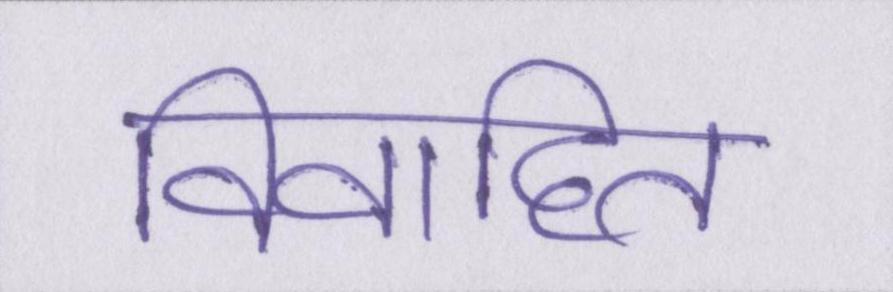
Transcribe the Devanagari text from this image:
विवाहित